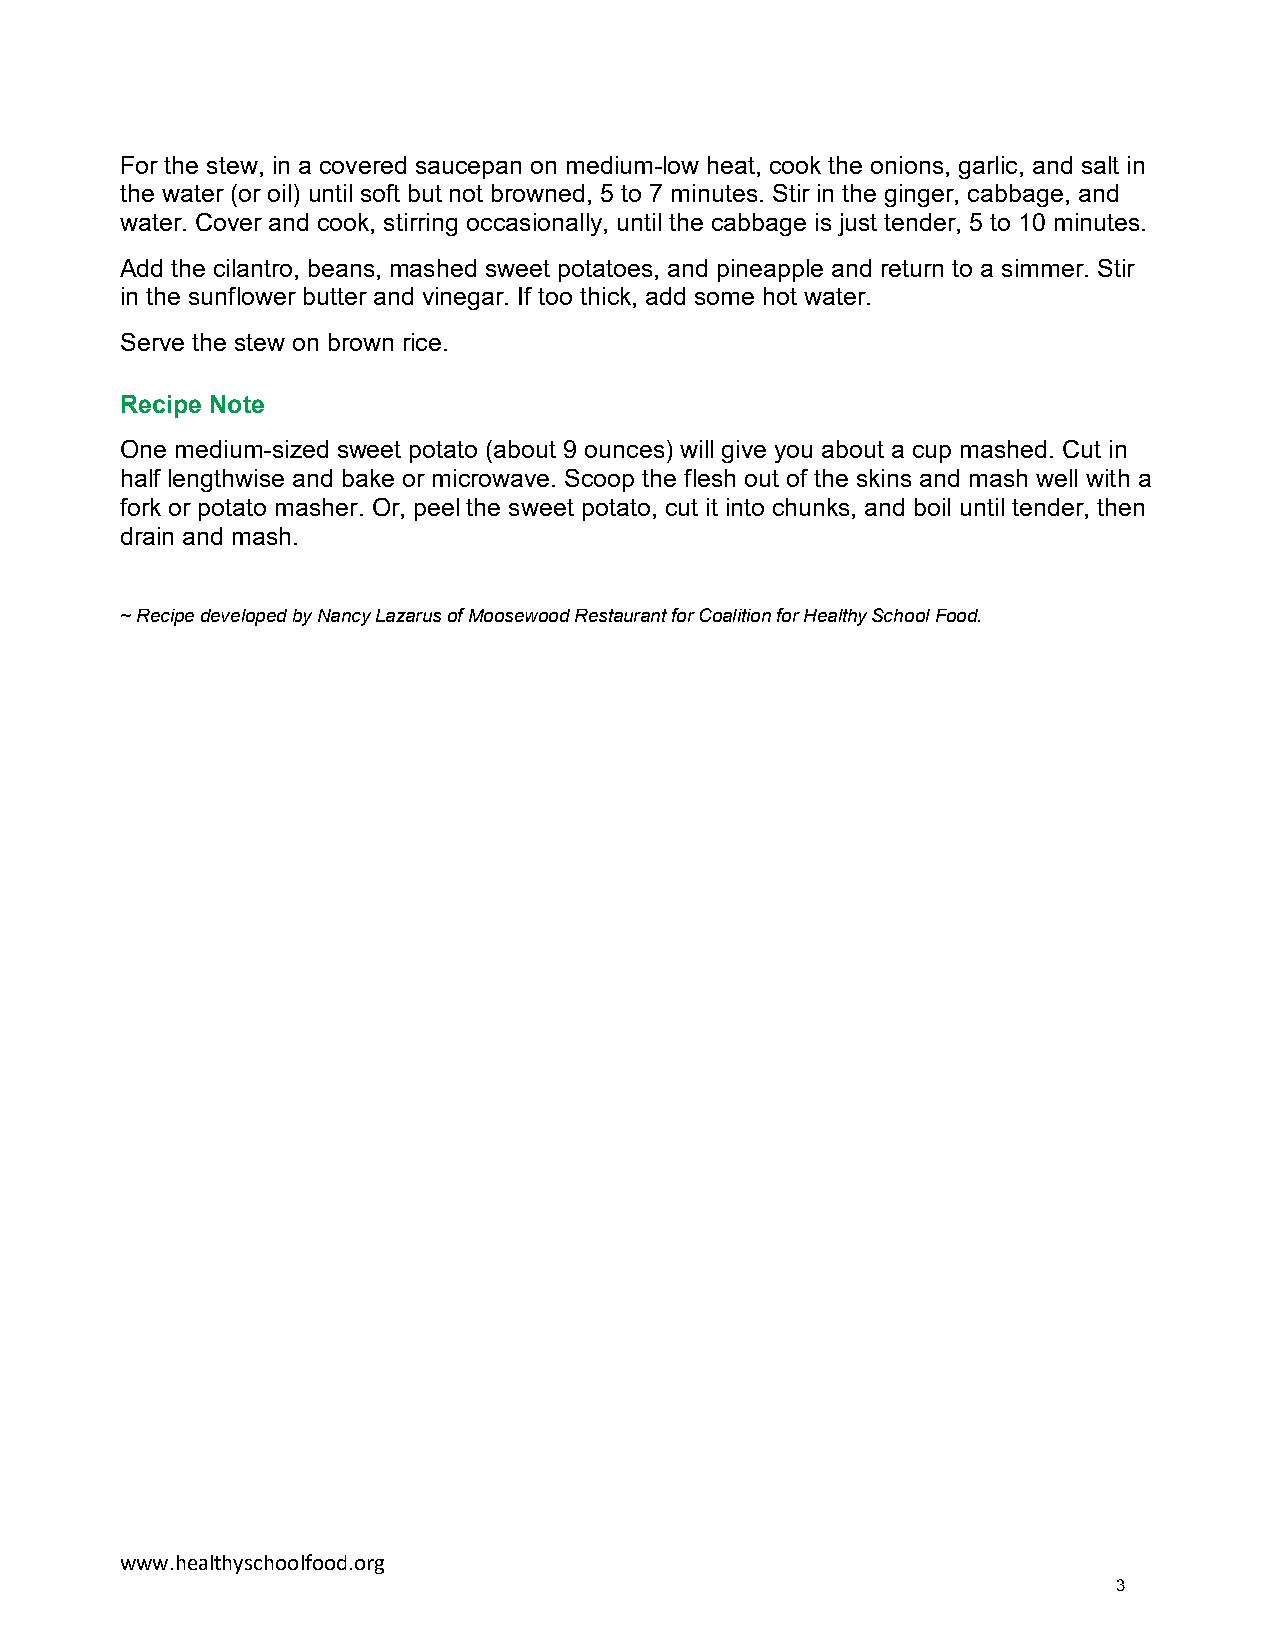
For the stew, in a covered saucepan on medium-low heat, cook the onions, garlic, and salt in
 the water (or oil) until soft but not browned, 5 to 7 minutes. Stir in the ginger, cabbage, and
 water. Cover and cook, stirring occasionally, until the cabbage is just tender, 5 to 10 minutes.
 Add the cilantro, beans, mashed sweet potatoes, and pineapple and return to a simmer. Stir
 in the sunflower butter and vinegar. If too thick, add some hot water.
 Serve the stew on brown rice.
 Recipe Note
 One medium-sized sweet potato (about 9 ounces) will give you about a cup mashed. Cut in
 half lengthwise and bake or microwave. Scoop the flesh out of the skins and mash well with a
 fork or potato masher. Or, peel the sweet potato, cut it into chunks, and boil until tender, then
 drain and mash.
 ~ Recipe developed by Nancy Lazarus of Moosewood Restaurant for Coalition for Healthy School Food.
 www.healthyschoolfood.org
 3